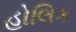
હોલિક